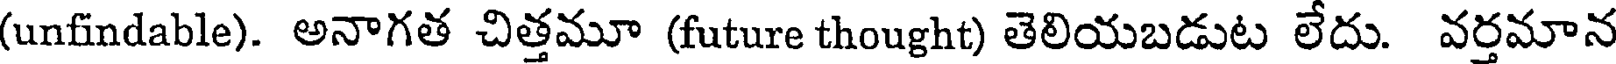
(unfindable). అనాగత చిత్తమూ (future thought) తెలియబడుట లేదు. వర్తమాన